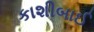
કાશીબાઈ